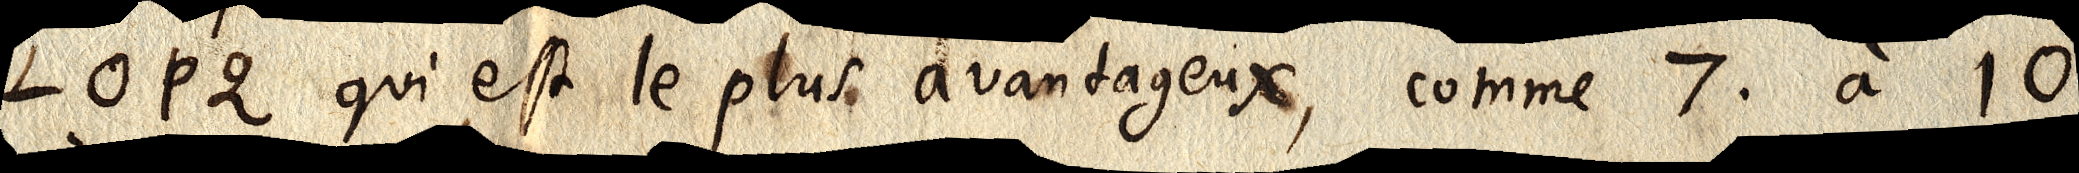
LOPQ qui est le plus avantageux, comme 7 à 10,